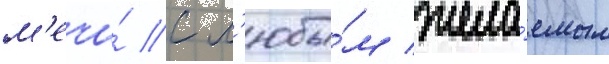
м'ечи́ с л'юбы́м жела́емым